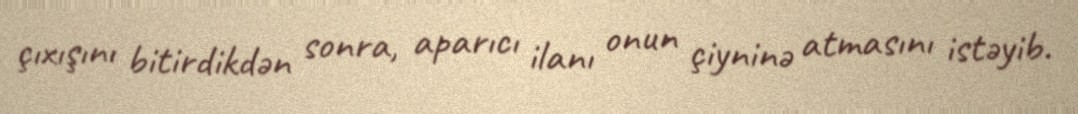
çıxışını bitirdikdən sonra, aparıcı ilanı onun çiyninə atmasını istəyib.